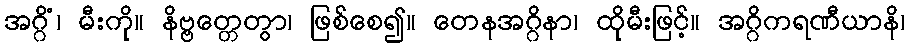
အဂ္ဂိံ၊ မီးကို။ နိဗ္ဗတ္တေတွာ၊ ဖြစ်စေ၍။ တေနအဂ္ဂိနာ၊ ထိုမီးဖြင့်။ အဂ္ဂိကရဏီယာနိ၊